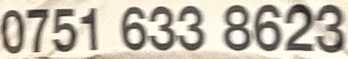
0751 633 8623